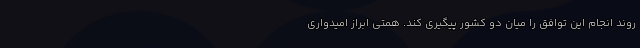
روند انجام این توافق را میان دو کشور پیگیری کند. همتی ابراز امیدواری